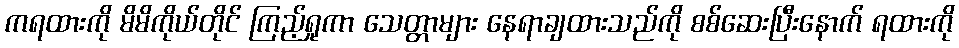
ကရထားကို မိမိကိုယ်တိုင် ကြည့်ရှုကာ သေတ္တာများ နေရာချထားသည်ကို စစ်ဆေးပြီးနောက် ရထားကို